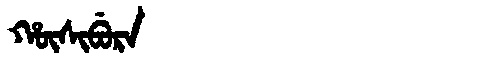
Manchu: ᡥᡡᠰᡳᠪᡠᡵᠠ
Romanization: HŪSIBURA